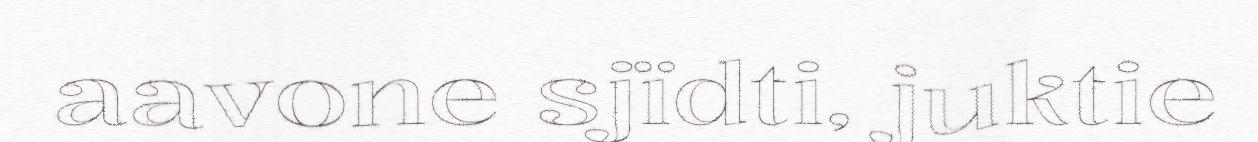
aavone sjïdti, juktie